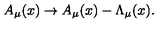
A _ { \mu } ( x ) \rightarrow A _ { \mu } ( x ) - \Lambda _ { \mu } ( x ) .